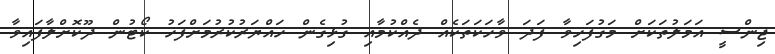
ޖިންސީ އަމަލުތަކަށް މަގުފަހިވާ ފަދަ ވާހަކަތަކެއް ދެއްކުމާއި ގުޅިގެން ހައްޔަރުކުރުމަށްފަހު ކޯޓުން ދޫކޮށްލާފައިވާ